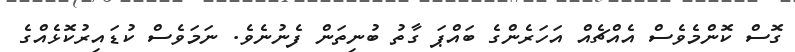
ގޮސް ކޮންމެވެސް އެއްޗެއް އަހަރެންގެ ބައްޕަ ގާތު ބުނިތަން ފެނުނެެވެ. ނަމަވެސް ކުޑައިރުކޮޅެއްގެ